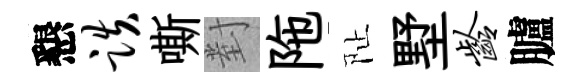
懇跌嘶對陁阯墅龄臚